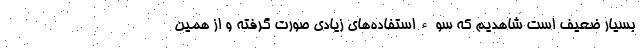
بسیار ضعیف است شاهدیم که سوءاستفاده‌های زیادی صورت گرفته و از همین